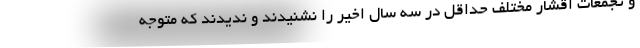
و تجمعات اقشار مختلف حداقل در سه سال اخیر را نشنیدند و ندیدند که متوجه